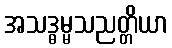
အသဒ္ဓမ္မသညတ္တိယာ